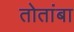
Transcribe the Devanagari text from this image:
तोतांबा